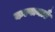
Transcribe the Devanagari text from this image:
कल्पानाएँ